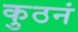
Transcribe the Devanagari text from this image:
कुठनं